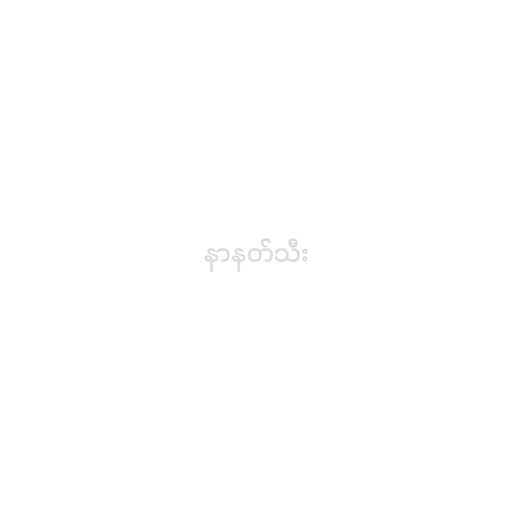
နာနတ်သီး